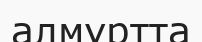
алмұртта